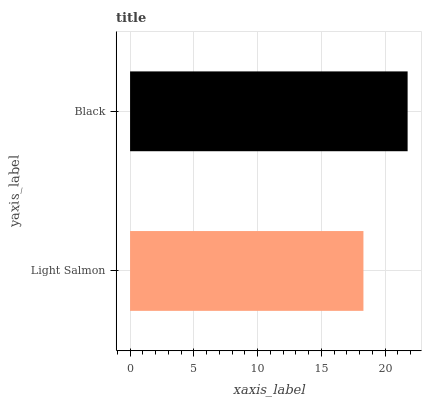
| yaxis_label | bars |
 | --- | --- |
 | Light Salmon | 18.3 |
 | Black | 21.8 |